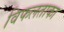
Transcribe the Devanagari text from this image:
विफलताका